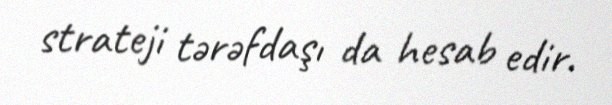
strateji tərəfdaşı da hesab edir.